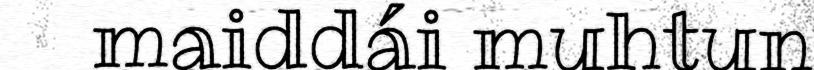
maiddái muhtun